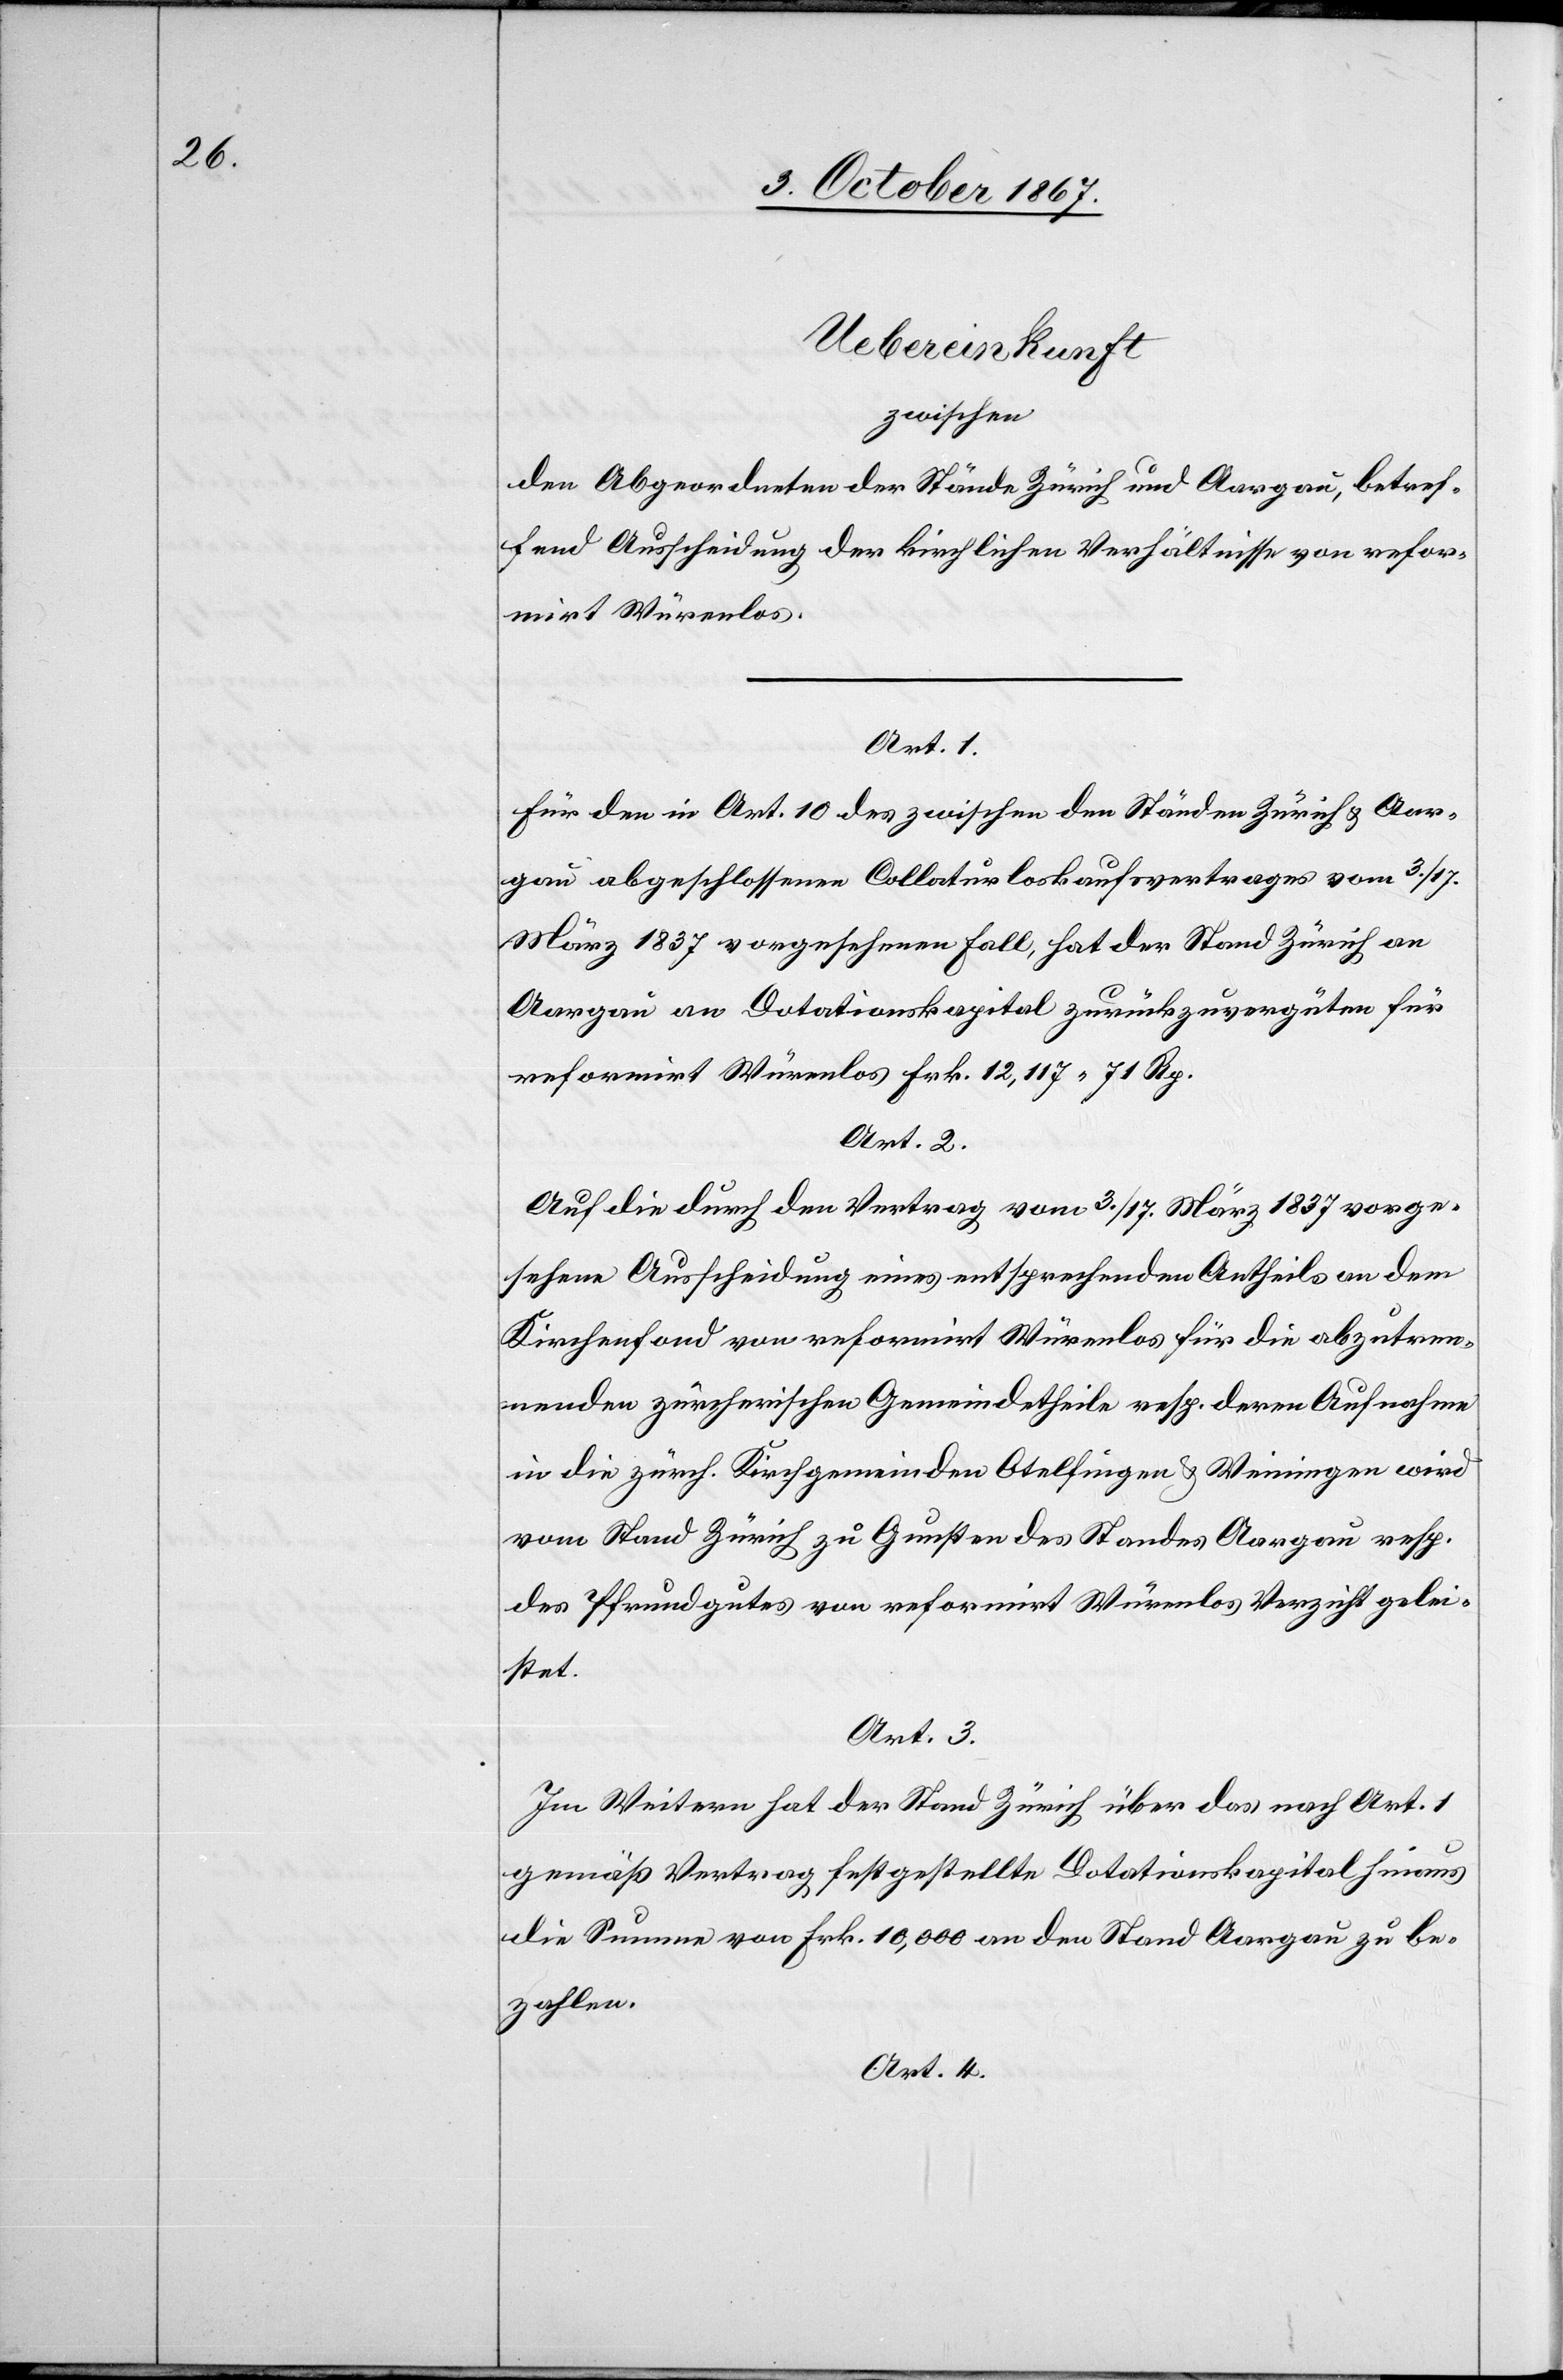
Uebereinkunft
zwischen
den Abgeordneten der Stände Zürich und Aargau, betref¬
fend Ausscheidung der kirchlichen Verhältnisse von refor¬
mirt Würenlos.
Art. 1.
Für den in Art. 10 des zwischen den Ständen Zürich u. Aar¬
gau abgeschlossenen Collaturloskaufsvertrages vom 3./17.
März 1837 vorgesehenen Fall, hat der Stand Zürich an
Aargau an Dotationskapital zurückzuvergüten für
reformirt Würenlos Frk. 12 117.71 Rp.
Art. 2.
Auf die durch den Vertrag vom 3./17. März 1837 vorge¬
sehene Ausscheidung eines entsprechenden Antheils an dem
Kirchenfond von reformirt Würenlos für die abzutren¬
nenden zürcherischen Gemeindetheile resp. deren Aufnahme
in die zürch. Kirchgemeinden Otelfingen u. Weiningen wird
vom Stand Zürich zu Gunsten des Standes Aargau resp.
des Pfrundgutes von reformirt Würenlos Verzicht gelei¬
stet.
Art. 3.
Im Weitern hat der Stand Zürich über das nach Art. 1
gemäß Vertrag festgestellte Dotationskapital hinaus
die Summe von Frk. 10 000 an den Stand Aargau zu be¬
zahlen.
Art. 4.